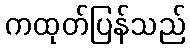
ကထုတ်ပြန်သည်